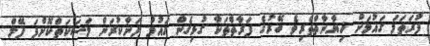
ފުރަތަމަ ގައުމަށް ޚިޔާނާތްތެރިވެ ބޭރުގެ ފަރާތްތަކާ ގުޅިގެން ގައުމު ފަނާކުރަން މަސަކަތްކޮށްފަ ފޭލް